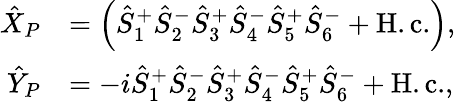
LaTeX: \begin{array}{rl}{\hat{X}_{P}}&{=\left(\hat{S}_{1}^{+}\hat{S}_{2}^{-}\hat{S}_{3}^{+}\hat{S}_{4}^{-}\hat{S}_{5}^{+}\hat{S}_{6}^{-}+\mathrm{H.c.}\right),}\\ {\hat{Y}_{P}}&{=-i\hat{S}_{1}^{+}\hat{S}_{2}^{-}\hat{S}_{3}^{+}\hat{S}_{4}^{-}\hat{S}_{5}^{+}\hat{S}_{6}^{-}+\mathrm{H.c.},}\end{array}